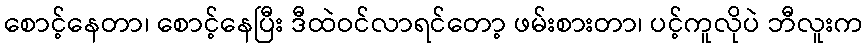
စောင့်နေတာ၊ စောင့်နေပြီး ဒီထဲဝင်လာရင်တော့ ဖမ်းစားတာ၊ ပင့်ကူလိုပဲ ဘီလူးက